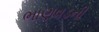
ભાણવડની